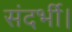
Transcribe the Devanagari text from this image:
संदर्भी।